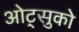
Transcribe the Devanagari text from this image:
ओट्सुको